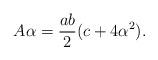
LaTeX: \begin{align*}A\alpha=\frac{ab}{2}(c+4\alpha^2).\end{align*}